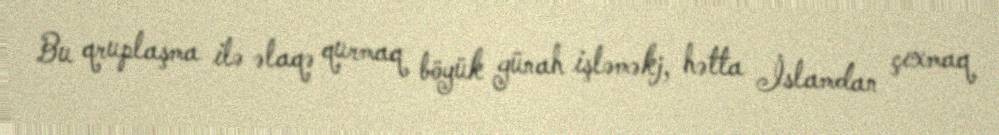
Bu qruplaşma ilə əlaqə qurmaq böyük günah işləməkj, hətta İslamdan çıxmaq